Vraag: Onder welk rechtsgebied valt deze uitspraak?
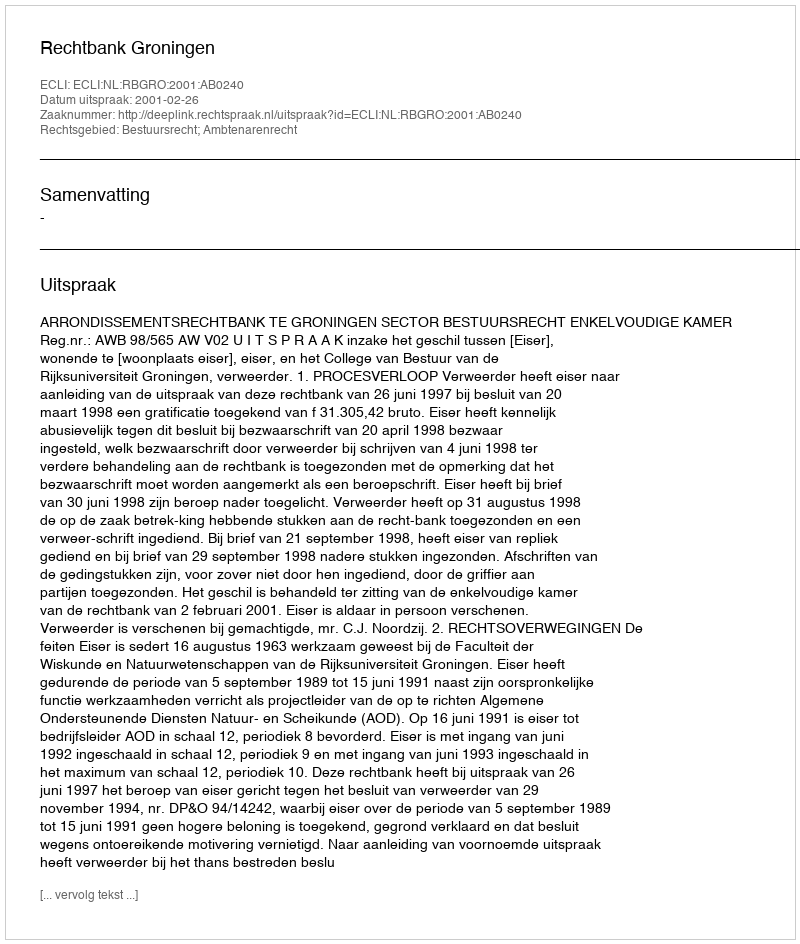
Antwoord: Bestuursrecht; Ambtenarenrecht